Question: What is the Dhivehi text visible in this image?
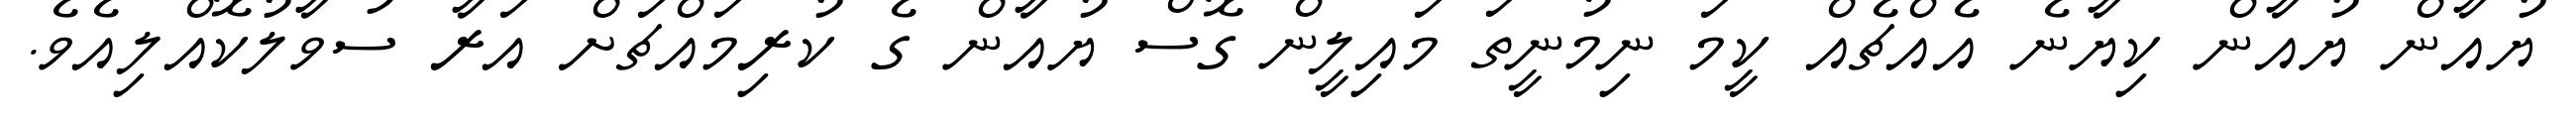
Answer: ޔުއާން ޔުއާން ކިޔާނެ އެއްޗެއް ކީމަ ނިމުނީތަ މައިލީން ގޮސް ޔުއާން ގެ ކުރިމައްޗަށް އަރާ ސުވާލުކޮއްލިއެވެ.